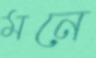
মনে